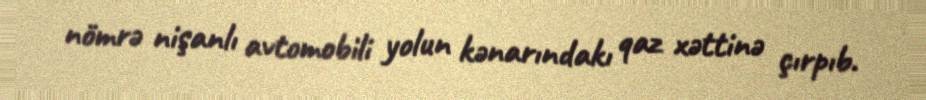
nömrə nişanlı avtomobili yolun kənarındakı qaz xəttinə çırpıb.